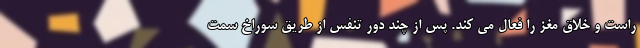
راست و خلاق مغز را فعال می کند. پس از چند دور تنفس از طریق سوراخ سمت